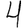
Digit: 4